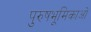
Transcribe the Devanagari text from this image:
पुरुषभूमिकाओं